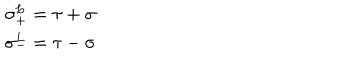
\begin{array} { l l } { { \sigma _ { + } ^ { L } = \tau + \sigma } } \\ { { \sigma _ { - } ^ { L } = \tau - \sigma } } \\ \end{array}